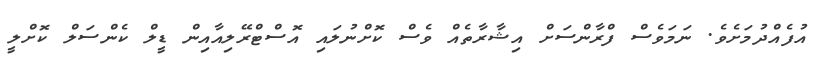
އުފެއްދުމަށެވެ. ނަމަވެސް ފްރާންސަށް އިޝާރާތެއް ވެސް ކޮށްނުލައި އޮސްޓްރޭލިއާއިން ޑީލް ކެންސަލް ކޮށްލީ